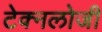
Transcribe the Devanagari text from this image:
टेक्नलोजी